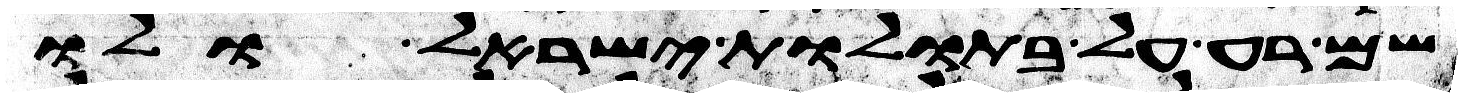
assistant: שם רע על בתולת ישראל ולו